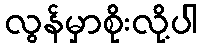
လွန်မှာစိုးလို့ပါ